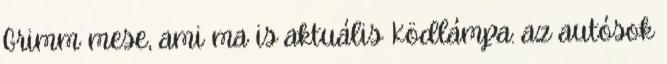
Grimm mese, ami ma is aktuális Ködlámpa: az autósok